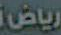
رياض